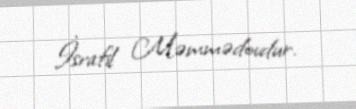
İsrafil Məmmədovdur.